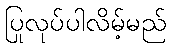
ပြုလုပ်ပါလိမ့်မည်